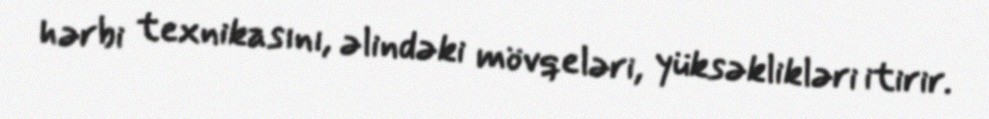
hərbi texnikasını, əlindəki mövqeləri, yüksəklikləri itirir.